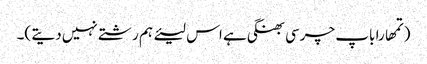
(تمھارا باپ چرسی بھنگی ہے اس لیئے ہم رشتے نہیں دیتے )۔